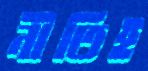
নীতিই